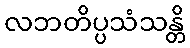
လဘတိပ္ပသံသန္တိ